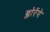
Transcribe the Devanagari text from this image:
ब्लोरेंगे